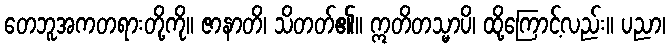
တေဘူအကတရားတို့ကို။ ဇာနာတိ၊ သိတတ်၏။ ဣတိတသ္မာပိ၊ ထို့ကြောင့်လည်း။ ပညာ၊